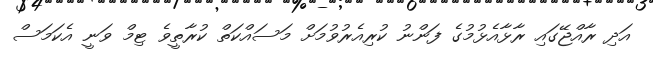
އަދި ރާއްޖޭގައި ރާޅާއެޅުމުގެ ފަންނު ކުރިއެރުވުމަށް މަސައްކަތް ކުރާތީވެ ޓިމް ވަނީ އެކަމަސް